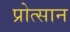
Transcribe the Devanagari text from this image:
प्रोत्सान